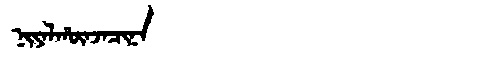
Manchu: ᠨᡳᠶᠠᠯᡥᡡᠨᠵᠠᠴᡳᠨᠠ
Romanization: NIYALHŪNJACINA